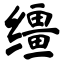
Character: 缰